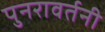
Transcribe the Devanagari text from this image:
पुनरावर्तनी